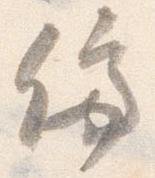
停